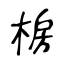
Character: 椖